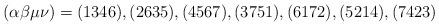
LaTeX: \begin{align*}(\alpha\beta\mu\nu)=(1346), (2635), (4567), (3751), (6172), (5214), (7423)\end{align*}